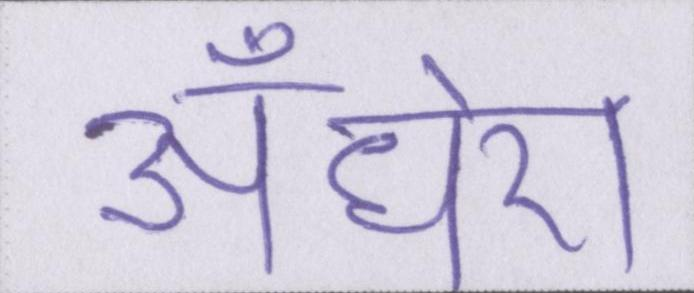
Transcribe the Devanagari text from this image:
अँधेरा